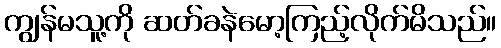
ကျွန်မသူ့ကို ဆတ်ခနဲမော့ကြည့်လိုက်မိသည်။